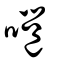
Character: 嗈